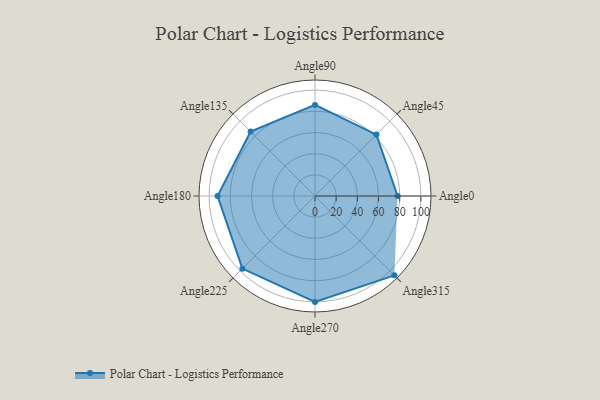
{"axis": {"x": "Angle", "y": "Radius"}, "legend": [""], "data": [{"x": "Angle0", "y": 78.0, "type": ""}, {"x": "Angle45", "y": 82.0, "type": ""}, {"x": "Angle90", "y": 86.0, "type": ""}, {"x": "Angle135", "y": 86.0, "type": ""}, {"x": "Angle180", "y": 92.0, "type": ""}, {"x": "Angle225", "y": 97.0, "type": ""}, {"x": "Angle270", "y": 100.0, "type": ""}, {"x": "Angle315", "y": 106.0, "type": ""}]}